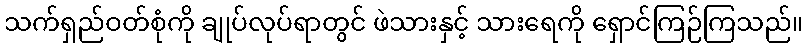
သက်ရှည်ဝတ်စုံကို ချုပ်လုပ်ရာတွင် ဖဲသားနှင့် သားရေကို ရှောင်ကြဉ်ကြသည်။